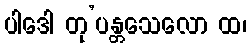
ပါဒေါ တု’ပန္တသေလော ထ၊